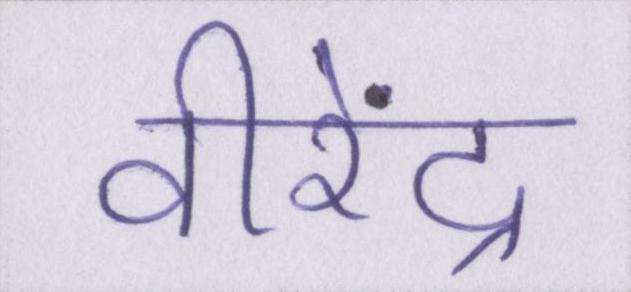
वीरेंद्र